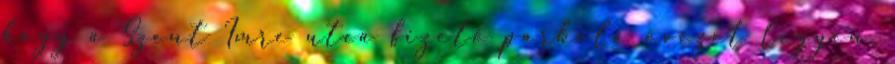
hogy a Szent Imre utca fizető parkoló övezet legyen,